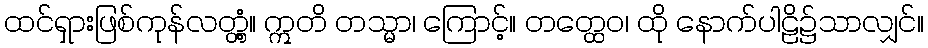
ထင်ရှားဖြစ်ကုန်လတ္တံ့။ ဣတိ တသ္မာ၊ ကြောင့်။ တတ္ထေဝ၊ ထို နောက်ပါဠိ၌သာလျှင်။